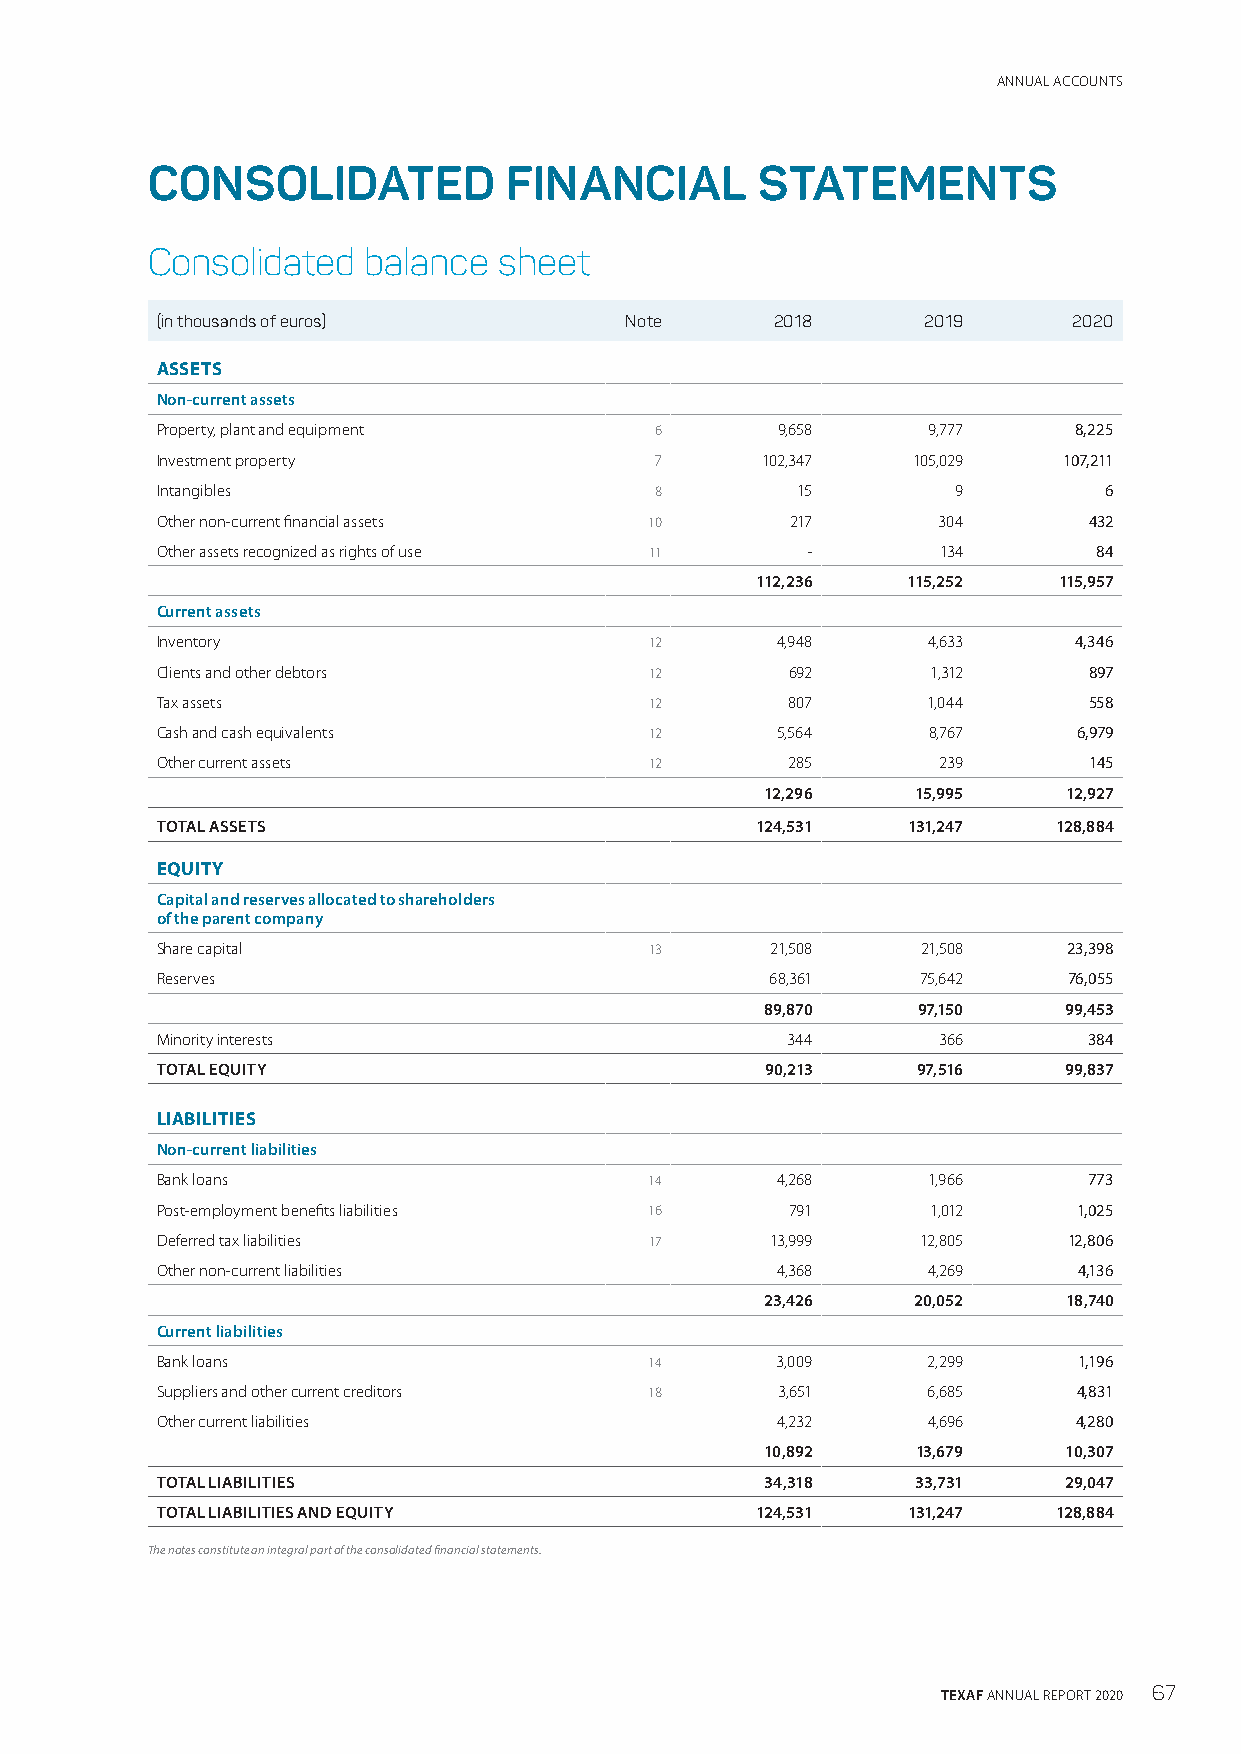
ANNUAL ACCOUNTS
 CONSOLIDATED           FINANCIAL        STATEMENTS
 Consolidated  balance  sheet
 (in thousands of euros)        Note      2018      2019      2020
 ASSETS
 Non-current assets
 Property, plant and equipment    6       9,658     9,777     8,225
 Investment property              7      102,347   105,029   107,211
 Intangibles                      8         15        9         6
 Other non-current financial assets 10     217       304       432
 Other assets recognized as rights of use 11 -       134        84
 112,236   115,252   115,957
 Current assets
 Inventory                        12      4,948     4,633     4,346
 Clients and other debtors        12       692       1,312     897
 Tax assets                       12       807      1,044      558
 Cash and cash equivalents        12      5,564     8,767     6,979
 Other current assets             12       285       239       145
 12,296    15,995    12,927
 TOTAL ASSETS                            124,531   131,247   128,884
 EQUITY
 Capital and reserves allocated to shareholders
 of the parent company
 Share capital                    13      21,508    21,508    23,398
 Reserves                                 68,361    75,642    76,055
 89,870    97,150   99,453
 Minority interests                        344       366       384
 TOTAL EQUITY                             90,213    97,516   99,837
 LIABILITIES
 Non-current liabilities
 Bank loans                       14      4,268     1,966      773
 Post-employment benefits liabilities 16   791       1,012    1,025
 Deferred tax liabilities         17      13,999    12,805    12,806
 Other non-current liabilities            4,368     4,269     4,136
 23,426   20,052     18,740
 Current liabilities
 Bank loans                       14      3,009     2,299     1,196
 Suppliers and other current creditors 18 3,651     6,685     4,831
 Other current liabilities                4,232     4,696     4,280
 10,892    13,679   10,307
 TOTAL LIABILITIES                        34,318    33,731   29,047
 TOTAL LIABILITIES AND EQUITY            124,531   131,247   128,884
 The notes constitute an integral part of the consolidated financial statements.
 TEXAF ANNUAL REPORT 2020 67